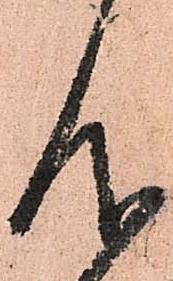
仰